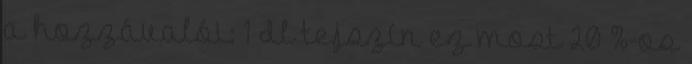
a hozzávalói: 1 dl tejszín ez most 20 %-os